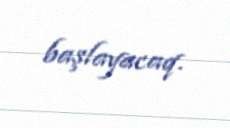
başlayacaq.